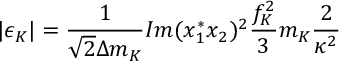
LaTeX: | \epsilon _ { K } | = \frac { 1 } { \sqrt { 2 } \Delta m _ { K } } I m ( x _ { 1 } ^ { * } x _ { 2 } ) ^ { 2 } \frac { f _ { K } ^ { 2 } } { 3 } m _ { K } \frac { 2 } { \kappa ^ { 2 } }